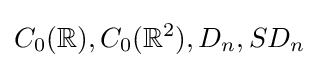
C_{0}(\mathbb {R} ),C_{0}(\mathbb {R} ^{2}),D_{n},SD_{n}